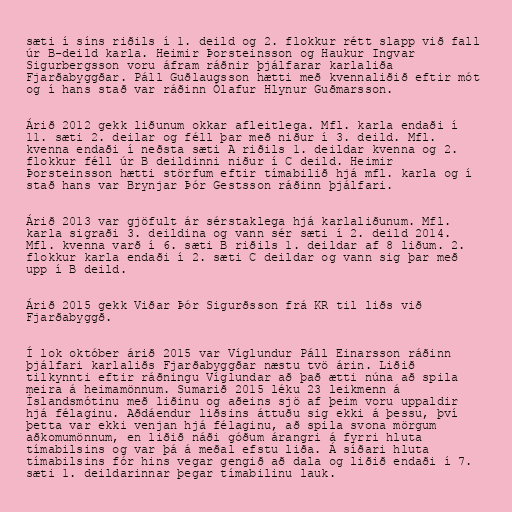
sæti í síns riðils í 1. deild og 2. flokkur rétt slapp við fall
úr B-deild karla. Heimir Þorsteinsson og Haukur Ingvar
Sigurbergsson voru áfram ráðnir þjálfarar karlaliða
Fjarðabyggðar. Páll Guðlaugsson hætti með kvennaliðið eftir mót
og í hans stað var ráðinn Ólafur Hlynur Guðmarsson.

Árið 2012 gekk liðunum okkar afleitlega. Mfl. karla endaði í
11. sæti 2. deilar og féll þar með niður í 3. deild. Mfl.
kvenna endaði í neðsta sæti A riðils 1. deildar kvenna og 2.
flokkur féll úr B deildinni niður í C deild. Heimir
Þorsteinsson hætti störfum eftir tímabilið hjá mfl. karla og í
stað hans var Brynjar Þór Gestsson ráðinn þjálfari.

Árið 2013 var gjöfult ár sérstaklega hjá karlaliðunum. Mfl.
karla sigraði 3. deildina og vann sér sæti í 2. deild 2014.
Mfl. kvenna varð í 6. sæti B riðils 1. deildar af 8 liðum. 2.
flokkur karla endaði í 2. sæti C deildar og vann sig þar með
upp í B deild.

Árið 2015 gekk Viðar Þór Sigurðsson frá KR til liðs við
Fjarðabyggð.

Í lok október árið 2015 var Víglundur Páll Einarsson ráðinn
þjálfari karlaliðs Fjarðabyggðar næstu tvö árin. Liðið
tilkynnti eftir ráðningu Víglundar að það ætti núna að spila
meira á heimamönnum. Sumarið 2015 léku 23 leikmenn á
Íslandsmótinu með liðinu og aðeins sjö af þeim voru uppaldir
hjá félaginu. Aðdáendur liðsins áttuðu sig ekki á þessu, því
þetta var ekki venjan hjá félaginu, að spila svona mörgum
aðkomumönnum, en liðið náði góðum árangri á fyrri hluta
tímabilsins og var þá á meðal efstu liða. Á síðari hluta
tímabilsins fór hins vegar gengið að dala og liðið endaði í 7.
sæti 1. deildarinnar þegar tímabilinu lauk.